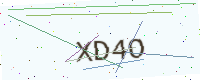
Text: XD4O